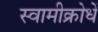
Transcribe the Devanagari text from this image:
स्वामीक्रोधें